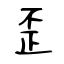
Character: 歪